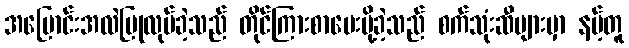
အပြောင်းအလဲပြုလုပ်ခဲ့သည် တိုင်ကြားစာပေးပို့ခဲ့သည် စက်သုံးဆီများမှာ နမ့်တူ